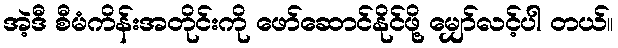
အဲ့ဒီ စီမံကိန်းအတိုင်းကို ဖော်ဆောင်နိုင်ဖို့ မျှော်လင့်ပါ တယ်။